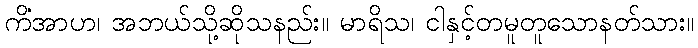
ကိံအာဟ၊ အဘယ်သို့ဆိုသနည်း။ မာရိသ၊ ငါနှင့်တမူတူသောနတ်သား။